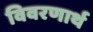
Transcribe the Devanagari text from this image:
विवरणार्थ